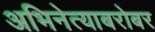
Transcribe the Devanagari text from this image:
अभिनेत्याबरोबर